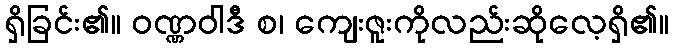
ရှိခြင်း၏။ ဝဏ္ဏဝါဒီ စ၊ ကျေးဇူးကိုလည်းဆိုလေ့ရှိ၏။